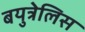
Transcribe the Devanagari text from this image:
बयुत्रेलिस